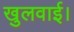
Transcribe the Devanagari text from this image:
खुलवाई।